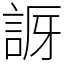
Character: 𧧝